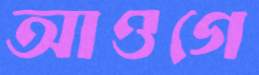
আওগে